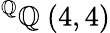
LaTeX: ^{\mathbb{Q}}\mathbb{Q}\ (4,4)